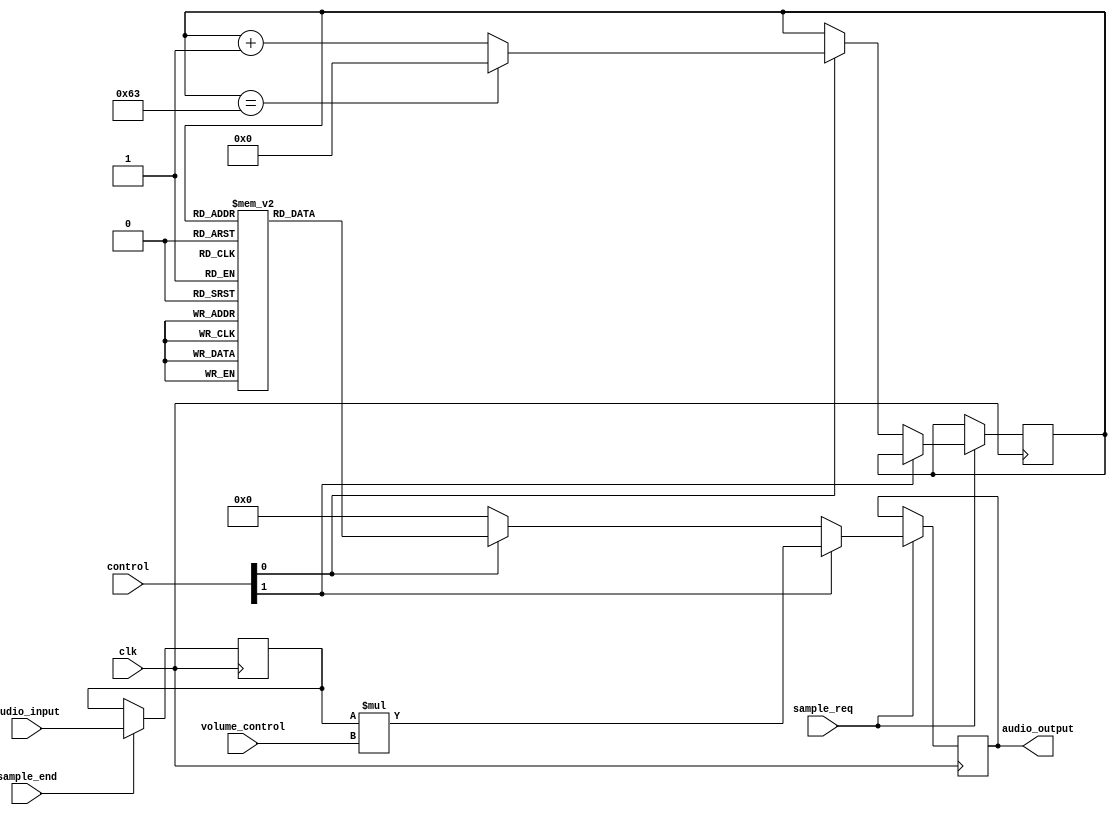
// This program was cloned from: https://github.com/TripleJ160/FPGA-Audio-Recorder
// License: MIT License

module audio_effects (
    input  clk,
    input  sample_end,
    input  sample_req,
	 input  [1:0]	volume_control,
    output [15:0] audio_output,
    input  [15:0] audio_input,
    input  [3:0]  control
);

reg [15:0] romdata [0:99];
reg [6:0]  index = 7'd0;
reg [15:0] last_sample;
reg [15:0] dat;

assign audio_output = dat;

parameter SINE     = 0;
parameter FEEDBACK = 1;

initial begin
    romdata[0] = 16'h0000;
    romdata[1] = 16'h0805;
    romdata[2] = 16'h1002;
    romdata[3] = 16'h17ee;
    romdata[4] = 16'h1fc3;
    romdata[5] = 16'h2777;
    romdata[6] = 16'h2f04;
    romdata[7] = 16'h3662;
    romdata[8] = 16'h3d89;
    romdata[9] = 16'h4472;
    romdata[10] = 16'h4b16;
    romdata[11] = 16'h516f;
    romdata[12] = 16'h5776;
    romdata[13] = 16'h5d25;
    romdata[14] = 16'h6276;
    romdata[15] = 16'h6764;
    romdata[16] = 16'h6bea;
    romdata[17] = 16'h7004;
    romdata[18] = 16'h73ad;
    romdata[19] = 16'h76e1;
    romdata[20] = 16'h799e;
    romdata[21] = 16'h7be1;
    romdata[22] = 16'h7da7;
    romdata[23] = 16'h7eef;
    romdata[24] = 16'h7fb7;
    romdata[25] = 16'h7fff;
    romdata[26] = 16'h7fc6;
    romdata[27] = 16'h7f0c;
    romdata[28] = 16'h7dd3;
    romdata[29] = 16'h7c1b;
    romdata[30] = 16'h79e6;
    romdata[31] = 16'h7737;
    romdata[32] = 16'h7410;
    romdata[33] = 16'h7074;
    romdata[34] = 16'h6c67;
    romdata[35] = 16'h67ed;
    romdata[36] = 16'h630a;
    romdata[37] = 16'h5dc4;
    romdata[38] = 16'h5820;
    romdata[39] = 16'h5222;
    romdata[40] = 16'h4bd3;
    romdata[41] = 16'h4537;
    romdata[42] = 16'h3e55;
    romdata[43] = 16'h3735;
    romdata[44] = 16'h2fdd;
    romdata[45] = 16'h2855;
    romdata[46] = 16'h20a5;
    romdata[47] = 16'h18d3;
    romdata[48] = 16'h10e9;
    romdata[49] = 16'h08ee;
    romdata[50] = 16'h00e9;
    romdata[51] = 16'hf8e4;
    romdata[52] = 16'hf0e6;
    romdata[53] = 16'he8f7;
    romdata[54] = 16'he120;
    romdata[55] = 16'hd967;
    romdata[56] = 16'hd1d5;
    romdata[57] = 16'hca72;
    romdata[58] = 16'hc344;
    romdata[59] = 16'hbc54;
    romdata[60] = 16'hb5a7;
    romdata[61] = 16'haf46;
    romdata[62] = 16'ha935;
    romdata[63] = 16'ha37c;
    romdata[64] = 16'h9e20;
    romdata[65] = 16'h9926;
    romdata[66] = 16'h9494;
    romdata[67] = 16'h906e;
    romdata[68] = 16'h8cb8;
    romdata[69] = 16'h8976;
    romdata[70] = 16'h86ab;
    romdata[71] = 16'h845a;
    romdata[72] = 16'h8286;
    romdata[73] = 16'h8130;
    romdata[74] = 16'h8059;
    romdata[75] = 16'h8003;
    romdata[76] = 16'h802d;
    romdata[77] = 16'h80d8;
    romdata[78] = 16'h8203;
    romdata[79] = 16'h83ad;
    romdata[80] = 16'h85d3;
    romdata[81] = 16'h8875;
    romdata[82] = 16'h8b8f;
    romdata[83] = 16'h8f1d;
    romdata[84] = 16'h931e;
    romdata[85] = 16'h978c;
    romdata[86] = 16'h9c63;
    romdata[87] = 16'ha19e;
    romdata[88] = 16'ha738;
    romdata[89] = 16'had2b;
    romdata[90] = 16'hb372;
    romdata[91] = 16'hba05;
    romdata[92] = 16'hc0df;
    romdata[93] = 16'hc7f9;
    romdata[94] = 16'hcf4b;
    romdata[95] = 16'hd6ce;
    romdata[96] = 16'hde7a;
    romdata[97] = 16'he648;
    romdata[98] = 16'hee30;
    romdata[99] = 16'hf629;
end

always @(posedge clk) begin
    if (sample_end) begin
        last_sample <= audio_input;
    end

    if (sample_req) begin
        if (control[FEEDBACK])
            dat <= last_sample * volume_control;
        else if (control[SINE]) begin
            dat <= romdata[index];
            if (index == 7'd99)
                index <= 7'd00;
            else
                index <= index + 1'b1;
        end else
            dat <= 16'd0;
    end
end

endmodule